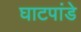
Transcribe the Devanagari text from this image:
घाटपांडे